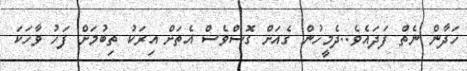
ހަދާން ނެތް ފަދައެވެ..ދެމީހުން ގެއަށް ގޮސްވެސް އެތަށް އިރަކު ތިބުމަށް ފަހު ވާހަކަ